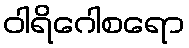
ဝါရိဂေါစရော